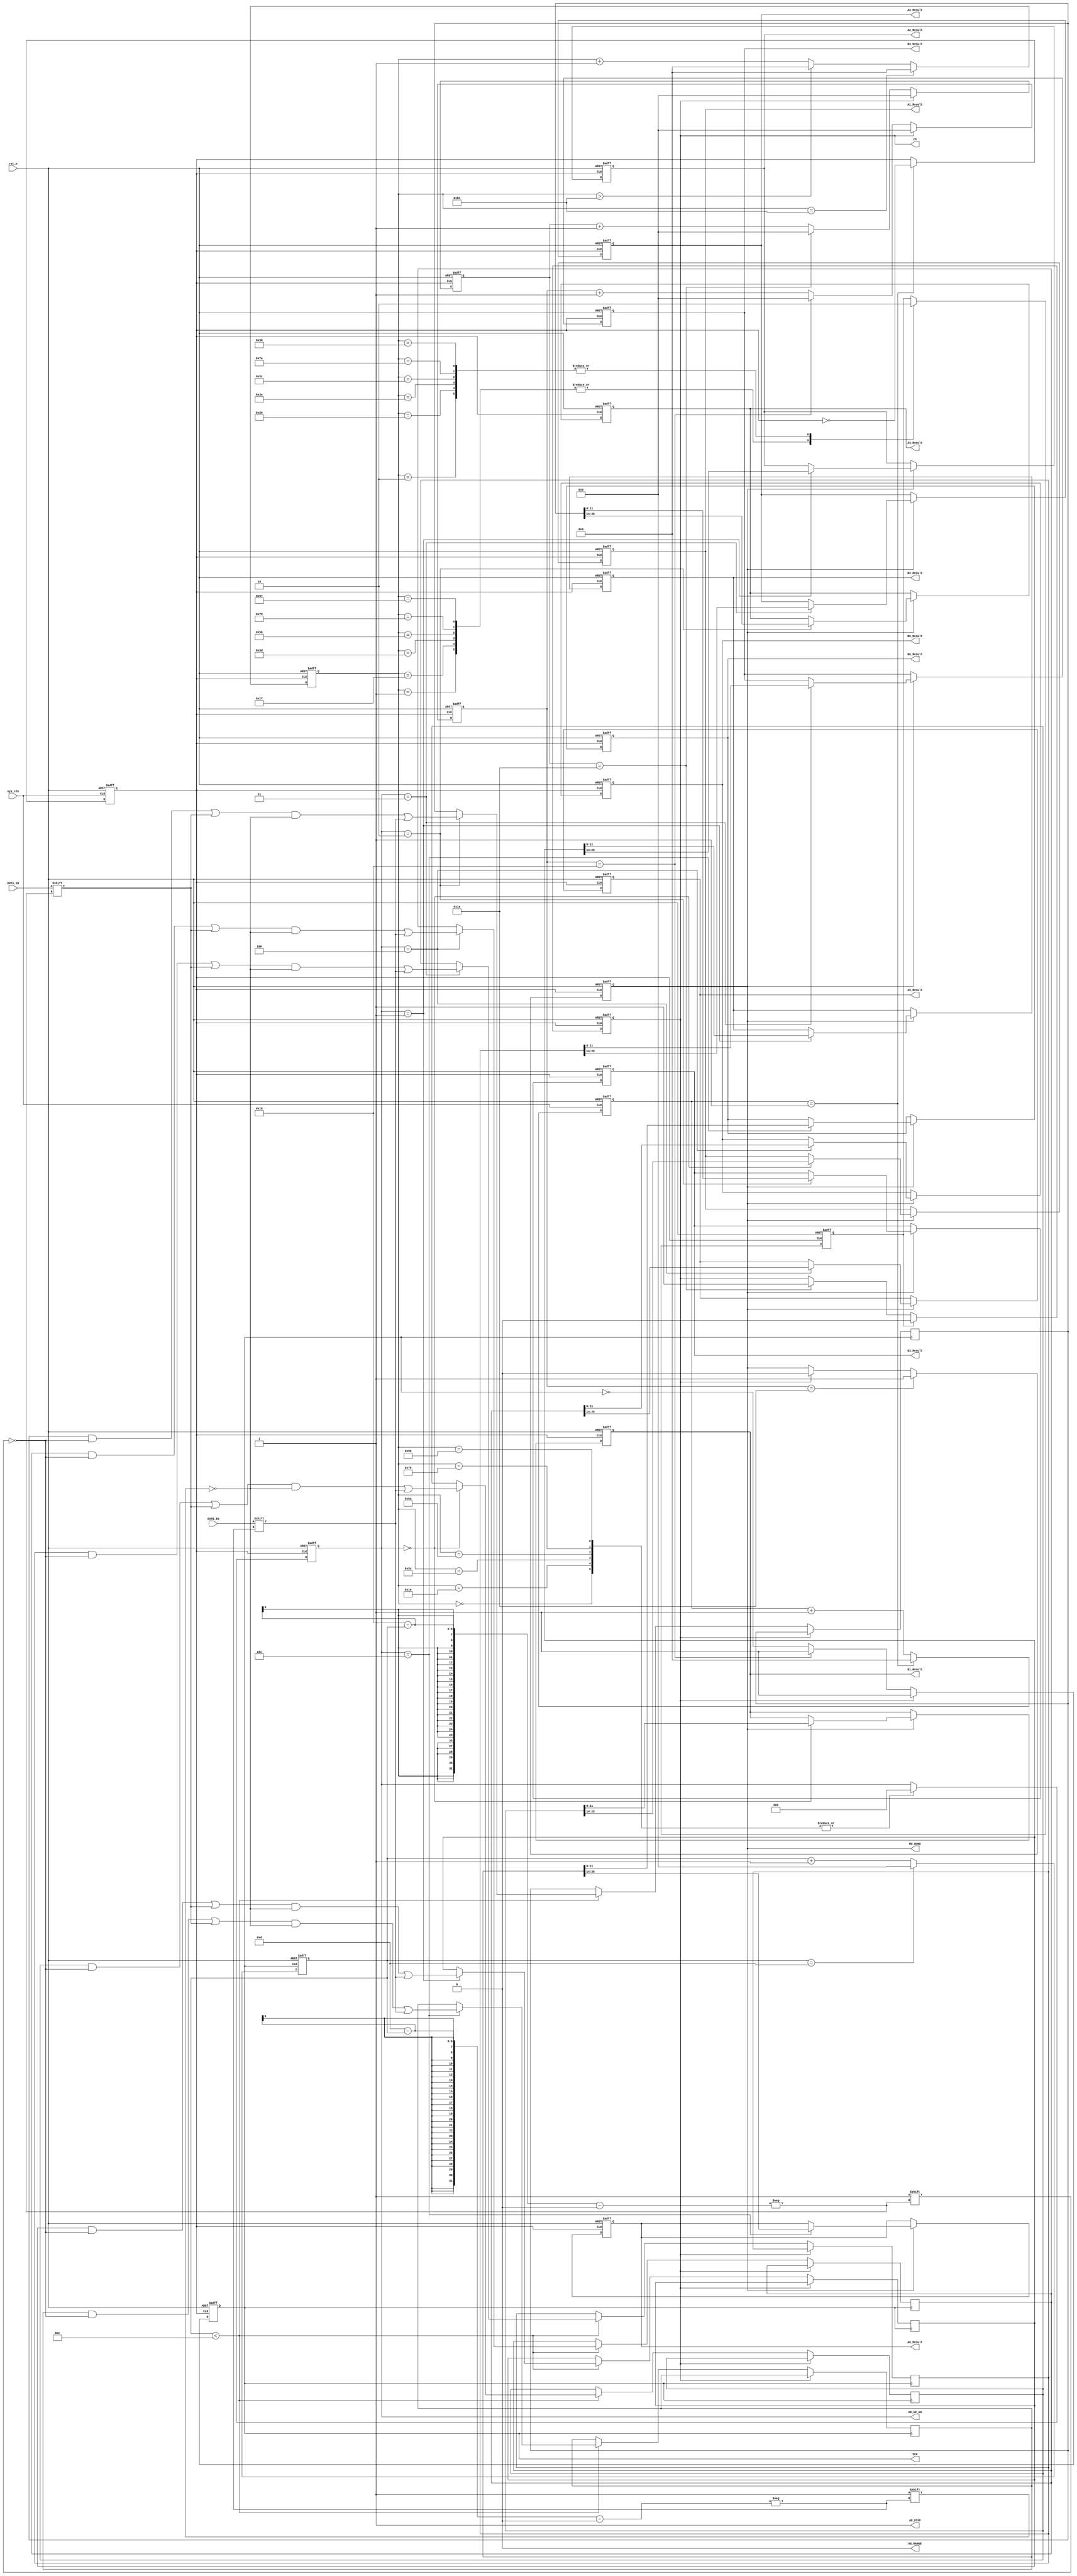
module AD7266_Read 
(
	input sys_clk,
	input rst_n,

	input OUTA_IN,//1
	input OUTB_IN,//2
	output reg CS,
	output reg SCK,
	output reg[2:0] AD_A2_A0, // 0 
	output AD_RANGE,
	output AD_DIFF,	
	output RD_DONE,
	output reg[11:0] A1_Result,
	output reg[11:0] B1_Result,
	output reg[11:0] A2_Result,
	output reg[11:0] B2_Result,
	output reg[11:0] A3_Result,
	output reg[11:0] B3_Result,
	output reg[11:0] A4_Result,
	output reg[11:0] B4_Result,
	output reg[11:0] A5_Result,
	output reg[11:0] B5_Result,
	output reg[11:0] A6_Result,
	output reg[11:0] B6_Result

 // input[3:0] AD_A3_A0_OUT,
 //output reg[13:0] AD_Result_OUT
);
localparam count_MAX=16'd1;
reg[15:0] count_clk;
reg[15:0] CONVST_time;
reg [5:0] count_SCK;
reg spi_clk;
reg [5:0] count_spi_clk_P;
reg [5:0] count_spi_clk_N;
reg spi_rd_done;//
reg [5:0] spi_state;
reg [27:0] A1B1_Result;
reg [27:0] A2B2_Result;
reg [27:0] A3B3_Result;
reg [27:0] A4B4_Result;
reg [27:0] A5B5_Result;
reg [27:0] A6B6_Result;

reg BUSY_PRE,READY_FLAG;

assign AD_RANGE=1'b0;
assign AD_DIFF=1'b1;
assign RD_DONE=spi_rd_done;
//SPI
always@(posedge sys_clk or negedge rst_n)//SPI
	begin
		if(!rst_n)
			begin
				count_clk<=16'd0;
				spi_clk<=1'b0;
			end
		else if(count_clk==count_MAX)		
			begin
				spi_clk<=~spi_clk;
				count_clk<=16'd0;				
			end
		else
			count_clk<=count_clk+16'd1;
	end
//SCK
always @(negedge spi_clk or negedge rst_n)//SCK	
	begin 
		if(!rst_n)
			SCK=1'b1;
		else if(!CS)
			begin
				if(count_spi_clk_N==6'd27)
					SCK=1'b1;
				else
					begin
						SCK<=~SCK;//SCK
					end
			end
	  else SCK=1'b1;		
	end
always @(negedge spi_clk or negedge rst_n)//count_spi_clk_N
	begin
		if(!rst_n)
			begin
				count_spi_clk_N<=6'd0;
			end
		else if (!CS)
			begin
			  if(count_spi_clk_N==6'd27)
					count_spi_clk_N<=6'd0;
				else
					count_spi_clk_N<=count_spi_clk_N+6'd1;
			end
		else count_spi_clk_N<=6'd0;
	end	
always @(posedge spi_clk or negedge rst_n)//CS
	begin
		if(!rst_n)
			begin
				CS<=1'b1;	
			end
		else if(READY_FLAG==1'b1)
			begin
				CS<=1'b0;
			end
		else if (count_spi_clk_P==6'd26)
				CS<=1'b1;
	end
always @(posedge spi_clk or negedge rst_n)//count_spi_clk_P
	begin
		if(!rst_n)
			begin
				count_spi_clk_P<=6'd0;
			end
		else if (!CS)
			begin
			  if(count_spi_clk_P==6'd26)
					count_spi_clk_P<=6'd0;
				else
					count_spi_clk_P<=count_spi_clk_P+6'd1;
			end
		else count_spi_clk_P<=6'd0;
	end	
//always@(posedge spi_clk )//
always@(posedge SCK )//
	begin	
		 if(!CS)
			begin
				if(count_SCK<6'd14)
					begin
						case(AD_A2_A0)	
							3'd0:
								begin
									A1B1_Result[27-count_SCK]<=OUTA_IN;
									A1B1_Result[13-count_SCK]<=OUTB_IN;
								end
							3'd1:
								begin
									A2B2_Result[27-count_SCK]<=OUTA_IN;
									A2B2_Result[13-count_SCK]<=OUTB_IN;
								end
							3'd2:	
								begin
									A3B3_Result[27-count_SCK]<=OUTA_IN;
									A3B3_Result[13-count_SCK]<=OUTB_IN;
								end
							3'd3:	
								begin
									A4B4_Result[27-count_SCK]<=OUTA_IN;
									A4B4_Result[13-count_SCK]<=OUTB_IN;
								end
							3'd4:	
								begin
									A5B5_Result[27-count_SCK]<=OUTA_IN;
									A5B5_Result[13-count_SCK]<=OUTB_IN;
								end
							3'd5:	
								begin
									A6B6_Result[27-count_SCK]<=OUTA_IN;
									A6B6_Result[13-count_SCK]<=OUTB_IN;
								end
							default:;
						endcase
					end	
			end
	end
	
always@(negedge SCK or negedge rst_n)	//SCK
	begin
		if(!rst_n)
			begin
				count_SCK<=6'd0;
			end
		else if(count_SCK==6'd13)
			begin
				count_SCK<=6'd0;
			end
	  else 
			count_SCK<=count_SCK+6'd1;
	end
	
always@(posedge spi_clk or negedge rst_n)//
	begin
		if(!rst_n)
			begin
				spi_rd_done<=1'b0;
			end
		else if(count_spi_clk_N==6'd26)
			spi_rd_done<=1'b1;
		else if(CS==1'b1)
			spi_rd_done<=1'b0;
	end
	
always@(posedge spi_clk or negedge rst_n)//
	begin
		if(!rst_n)
			begin
				A1_Result<=12'd0;
				B1_Result<=12'd0;
				A2_Result<=12'd0;
				B2_Result<=12'd0;
				A3_Result<=12'd0;
				B3_Result<=12'd0;
				A4_Result<=12'd0;
				B4_Result<=12'd0;
				A5_Result<=12'd0;
				B5_Result<=12'd0;
				A6_Result<=12'd0;
				B6_Result<=12'd0;
			end
		else if(spi_rd_done==1'b1)
			begin
				case(AD_A2_A0)
					3'd0:
						begin
							A1_Result<=A1B1_Result[25:14];	
							B1_Result<=A1B1_Result[11:0];			
						end
					3'd1:
						begin
							A2_Result<=A2B2_Result[25:14];	
							B2_Result<=A2B2_Result[11:0];
						end	
					3'd2:
						begin
							A3_Result<=A3B3_Result[25:14];	
							B3_Result<=A3B3_Result[11:0];
						end
					3'd3:
						begin
							A4_Result<=A4B4_Result[25:14];	
							B4_Result<=A4B4_Result[11:0];
						end
					3'd4:
						begin
							A5_Result<=A5B5_Result[25:14];	
							B5_Result<=A5B5_Result[11:0];
						end
					3'd5:
						begin
							A6_Result<=A6B6_Result[25:14];	
							B6_Result<=A6B6_Result[11:0];
						end
					default:;	
				endcase
			end		
	end
/*
always@(AD_Result_OUT or rst_n or A1_Result or A2_Result or A3_Result
or A4_Result or A5_Result or A6_Result or B1_Result or B2_Result or B3_Result or B4_Result or B5_Result or B6_Result )//
	begin
		if(!rst_n)
			begin
				 AD_Result_OUT<=16'd0;
			end	
		else
			begin
				case(AD_A3_A0_OUT)
				4'h0:AD_Result_OUT<=A1_Result;
				4'h1:AD_Result_OUT<=A2_Result;
				4'h2:AD_Result_OUT<=A3_Result;
				4'h3:AD_Result_OUT<=A4_Result;
				4'h4:AD_Result_OUT<=A5_Result;
				4'h6:AD_Result_OUT<=A6_Result;
				4'h7:AD_Result_OUT<=B1_Result;
				4'h8:AD_Result_OUT<=B2_Result;
				4'h9:AD_Result_OUT<=B3_Result;
				4'hA:AD_Result_OUT<=B4_Result;
				4'hB:AD_Result_OUT<=B5_Result;
				4'hC:AD_Result_OUT<=B6_Result;
				default:;
				endcase
			end
	end
*/

always@(posedge spi_clk  or negedge rst_n)
	begin
		if(!rst_n)
			begin
				CONVST_time<=16'd0;
			end
		else if(CONVST_time==16'd180)
			begin
				CONVST_time<=16'd0;
			end
		else if(CONVST_time>16'd180)
				CONVST_time<=16'd0;
		else 
			CONVST_time<=CONVST_time+16'd1;
	end
always@(posedge spi_clk  or negedge rst_n)
	begin
		if(!rst_n)
			begin
				AD_A2_A0<=3'b000;
			end
		else
			begin
				case(CONVST_time)
				16'd0:
					AD_A2_A0<=3'b000;					
				16'd30:
					AD_A2_A0<=3'b000;
				16'd60:
					AD_A2_A0<=3'b000;
				16'd90:
					AD_A2_A0<=3'b000;
				16'd120:
					AD_A2_A0<=3'b000;
				16'd150:
					AD_A2_A0<=3'b000;
					// 16'd0:
					// 	AD_A2_A0<=3'b000;					
					// 16'd30:
					// 	AD_A2_A0<=3'b001;
					// 16'd60:
					// 	AD_A2_A0<=3'b010;
					// 16'd90:
					// 	AD_A2_A0<=3'b011;
					// 16'd120:
					// 	AD_A2_A0<=3'b100;
					// 16'd150:
					//    	AD_A2_A0<=3'b101;
					default:;
				endcase
			end		
	end
	
always@(posedge spi_clk or negedge rst_n)
	begin
		if(!rst_n)
			begin
				READY_FLAG<=1'b0;
			end
		else
			begin
				case(CONVST_time)
					16'd1:READY_FLAG<=1'b1;					
					16'd2:READY_FLAG<=1'b0;
					16'd31:READY_FLAG<=1'b1;	
					16'd32:READY_FLAG<=1'b0;
					16'd61:READY_FLAG<=1'b1;	
					16'd62:READY_FLAG<=1'b0;
					16'd91:READY_FLAG<=1'b1;	
					16'd92:READY_FLAG<=1'b0;
					16'd121:READY_FLAG<=1'b1;
					16'd122:READY_FLAG<=1'b0;
					16'd151:READY_FLAG<=1'b1;
					16'd152:READY_FLAG<=1'b0;
					default:;
				endcase
			end		
	end	
endmodule